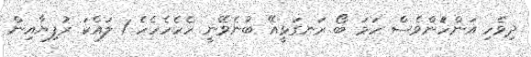
ދިވެހި އަންހެުންވެސް ހަމަ ބޯ ރަނގަޅީއޭ ބުނެވޭނީ ހެހެހެހެހެ 1 ލައްކަ ރުފިޔާއިން